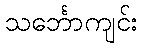
သင်္ဘောကျင်း